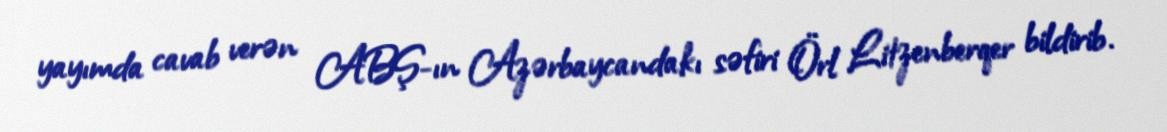
yayımda cavab verən ABŞ-ın Azərbaycandakı səfiri Örl Litzenberqer bildirib.